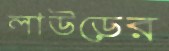
লাউড়ের